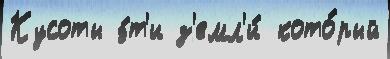
Кусоты э́т'и з'емл'и́ кото́рый